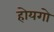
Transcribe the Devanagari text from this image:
होयगो